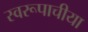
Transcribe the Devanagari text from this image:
स्वरूपाचीया